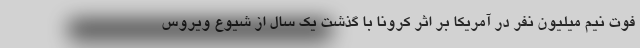
فوت نیم میلیون نفر در آمریکا بر اثر کرونا با گذشت یک سال از شیوع ویروس